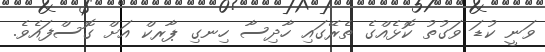
ވަނީ ކުޑަ ވަގުތު ކޮޅެއްގެ ތެރޭގައި ހާދިސާ ހިނގި ޕާރކް އަށް ގޮސްފައެވެ.